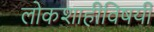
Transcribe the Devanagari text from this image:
लोकशाहीविषयी